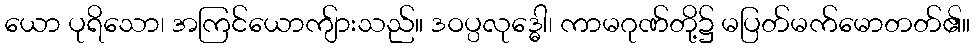
ယော ပုရိသော၊ အကြင်ယောကျ်ားသည်။ ဒဝပ္ပလုဒ္ဓေါ၊ ကာမဂုဏ်တို့၌ မပြတ်မက်မောတတ်၏။